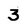
Character: 3